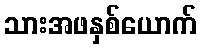
သားအဖနှစ်ယောက်